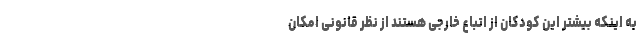
به اینکه بیشتر این کودکان از اتباع خارجی هستند از نظر قانونی امکان